Annual returns of the Patna Lunatic Asylum at Bankipore in Bihar and Orissa - 1912-1924
Year: 1912
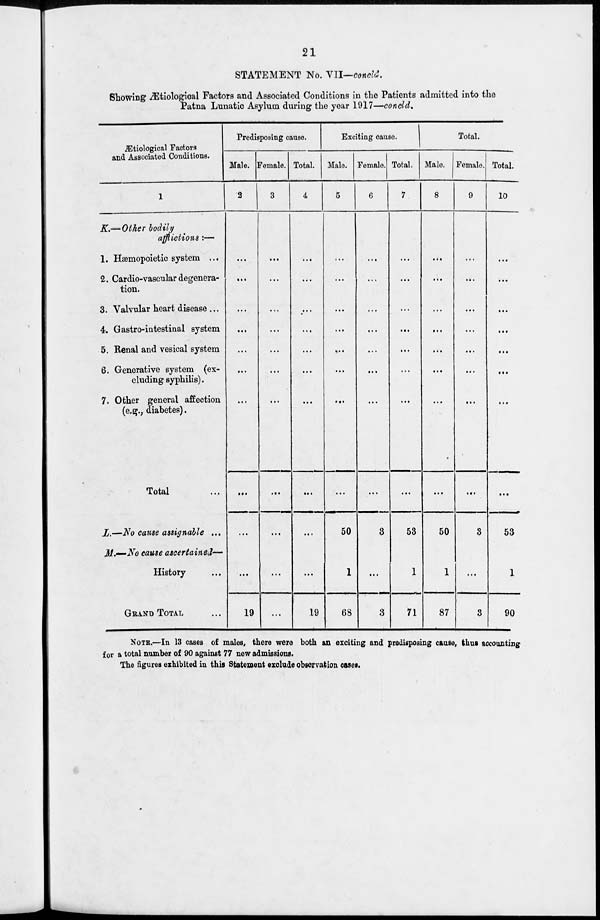
21
STATEMENT No. VII—concld.
Showing Ætiologioal Factors and Associated Conditions in the Patients admitted into the
Patna Lunatic Asylum during the year 1917—concld.
Ætiological Factors
and Associated Conditions.
1
K.—Other bodily
afflictions :—
1. Hæmopoietic system ...
2. Cardio-vascular degenera-
tion.
3. Valvular heart disease ...
4. Gastro-intestinal system
5. Renal and vesical system
6. Generative system (ex-
cluding syphilis).
7. Other general affection
(e.g., diabetes).
Total ...
L.—No cause assignable ...
M.—No cause ascertained—
History ...
GRNAD TOTAL ...
Predisposing cause.
Male.
2
...
...
...
...
...
...
...
...
...
...
19
Female.
3
...
...
...
...
...
...
...
...
...
...
...
Total.
4
...
...
...
...
...
...
...
...
...
...
19
Exciting cause.
Male.
5
...
...
...
...
...
...
...
...
50
1
68
Female.
6
...
...
...
...
...
...
...
...
3
...
3
Total.
7
...
...
...
...
...
...
...
...
53
1
71
Total.
Male.
8
...
...
...
...
...
...
...
...
50
1
87
Female.
9
...
...
...
...
...
...
...
...
3
...
3
Total.
10
...
...
...
...
...
...
...
...
53
1
90
NOTE.—In 13 cases of males, there were both an exciting and predisposing cause, thus accounting
for a total number of 90 against 77 new admissions.
The figures exhibited in this Statement exclude observation cases.